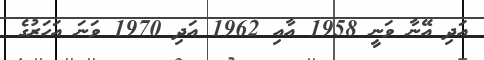
އަދި އޭނާ ވަނީ 1958 އާއި 1962 އަދި 1970 ވަނަ އަހަރުގެ